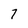
Character: 7